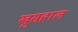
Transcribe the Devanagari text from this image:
खुसहाल